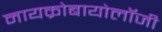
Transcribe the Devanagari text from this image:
मायक्रोबायोलॉजी